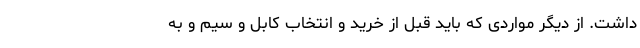
داشت. از دیگر مواردی که باید قبل از خرید و انتخاب کابل و سیم و به